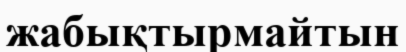
жабықтырмайтын